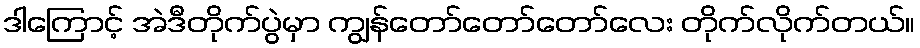
ဒါကြောင့် အဲဒီတိုက်ပွဲမှာ ကျွန်တော်တော်တော်လေး တိုက်လိုက်တယ်။